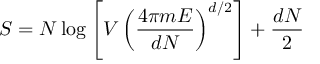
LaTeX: S = N \log \left[ V \left( \frac { 4 \pi m E } { d N } \right) ^ { d / 2 } \right] + \frac { d N } { 2 }